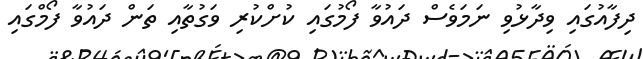
ދިފާއުގައި ވިދާޅުވި ނަމަވެސް ދައުވާ ފޯމުގައި ކުށްކުރި ވަގުތާއި ތަން ދައުވާ ފޯމްގައި